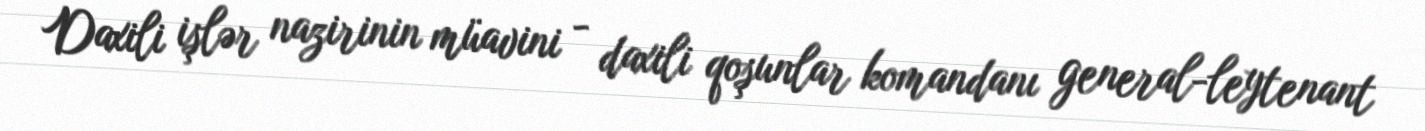
Daxili işlər nazirinin müavini - daxili qoşunlar komandanı general-leytenant